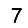
Digit: 7